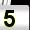
Digit: 5